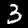
Label: 3